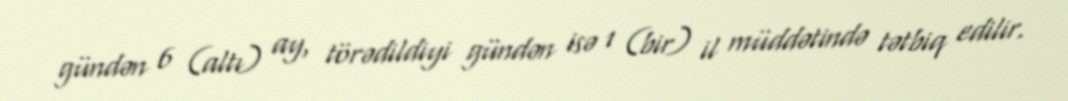
gündən 6 (altı) ay, törədildiyi gündən isə 1 (bir) il müddətində tətbiq edilir.